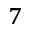
^ { 7 }